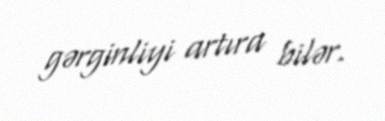
gərginliyi artıra bilər.